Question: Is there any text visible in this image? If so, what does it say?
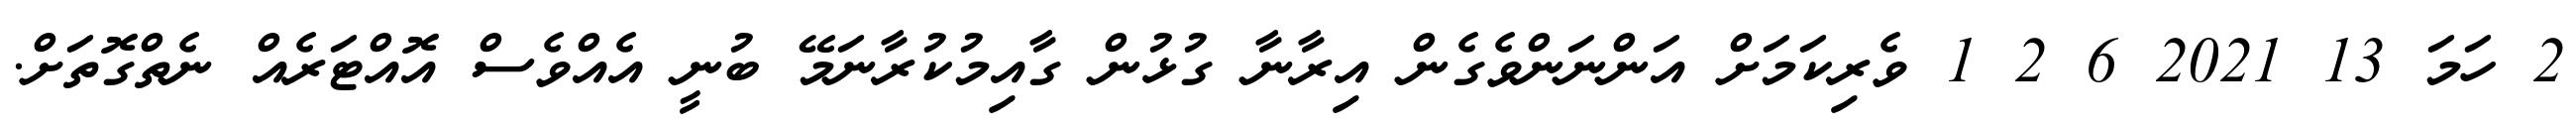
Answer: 2 ހަމަ 13 2021 6 2 1 ވެރިކަމަށް އަންނަންވެގެން އިރާނާ ގުޅުން ގާއިމުކުރާނަމޭ ބުނީ އެއްވެސް އޮއްޓަރެއް ނެތްގޮތަށް.